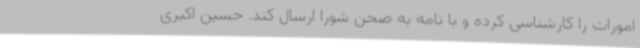
امورات را کارشناسی کرده و با نامه به صحن شورا ارسال کند. حسین اکبری